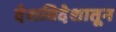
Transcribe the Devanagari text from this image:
देशविदेशातून